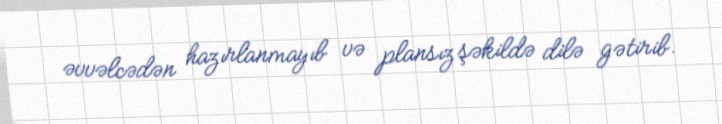
əvvəlcədən hazırlanmayıb və plansız şəkildə dilə gətirib.